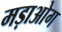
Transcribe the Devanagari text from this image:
मड़ाओग